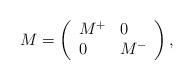
LaTeX: \begin{align*}M=\left( \begin{array}{ll} M^{+} & 0 \\ 0 & M^{-} \end{array} \right),\end{align*}